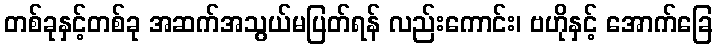
တစ်ခုနှင့်တစ်ခု အဆက်အသွယ်မပြတ်ရန် လည်းကောင်း၊ ဗဟိုနှင့် အောက်ခြေ